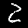
Label: 2